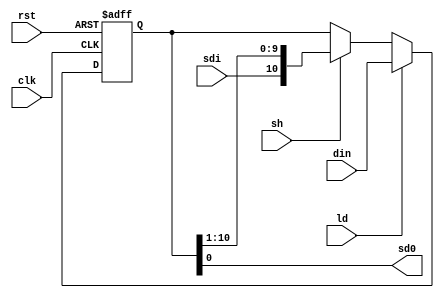
`timescale 1ns / 1ps

module shift_reg
    (
        input           clk     ,
                        rst     ,
                        ld      ,
                        sh      ,
                        sdi     ,
        input   [10:0]  din     ,
        output          sd0
    );
    
    reg [10:0]  q;
    
    assign sd0 = q[0];
    
    always@(posedge clk, posedge rst)
        if(rst)
            q   <=  11'h7_FF;
        else if(ld)
            q   <=  din     ;
        else if(sh)
            q   <=  {sdi, q[10:1]};
        else
            q   <=  q       ;
endmodule